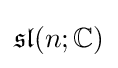
{\mathfrak {sl}}(n;\mathbb {C} )